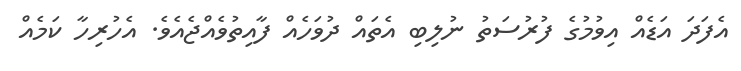
އެފަދަ އަޑެއް އިވުމުގެ ފުރުސަތު ނުލިބި އެތައް ދުވަހެއް ފާއިތުވެއްޖެއެވެ. އެހުރިހާ ކަމެއް